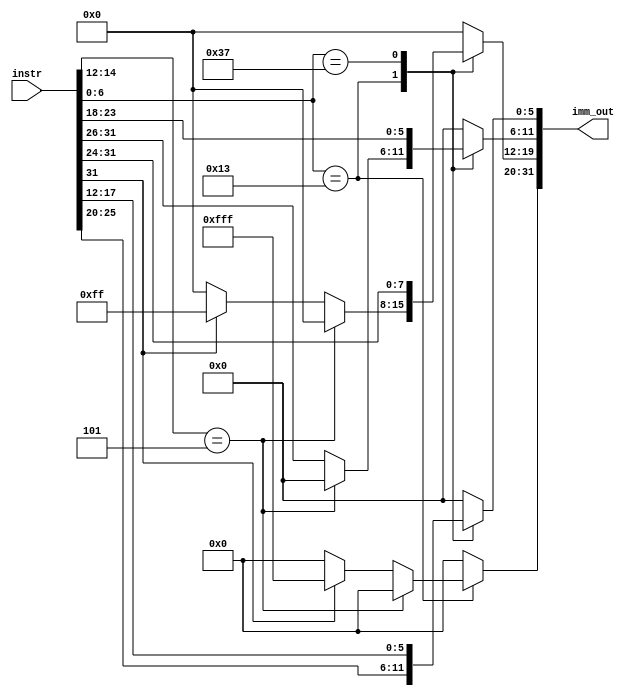
`timescale 1ns / 1ps

module ImmGen(
input [31:0] instr,
output reg[31:0] imm_out

);

always@(*)
begin
        case (instr[6:0])
		7'b0010011: 
			begin						
			if(instr[14:12]==3'b101) begin    //for imm shift
				imm_out[5:0] <= instr[25:20];
				imm_out[31:6] <= 26'd0;
			end
			else begin							// for imm number operation
				imm_out[11:0] <= instr[31:20];
				if(instr[31])
				imm_out[31:12] <= 20'hfffff;	   // minus 
				else
				imm_out[31:12] <= 20'd0;
			end
		end
		7'b0110111:
		begin
			imm_out[19:0] <= instr[31:12];
			imm_out[31:20] <= 12'd0;
		end
		
        default : 
		begin
			imm_out[31:0] <= 32'd0;
		end	
        endcase
		
		
end
endmodule